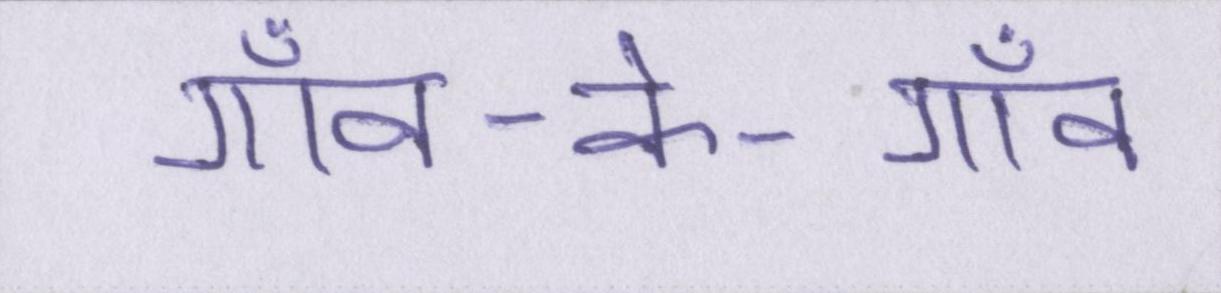
गाँव-के-गाँव